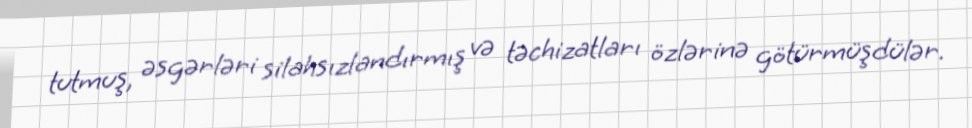
tutmuş, əsgərləri silahsızlandırmış və təchizatları özlərinə götürmüşdülər.